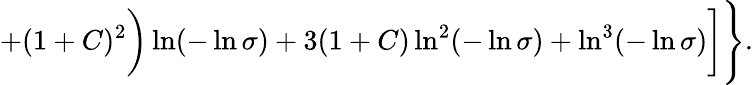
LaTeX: +(1+C)^{2}\biggr)\ln(-\ln\sigma)+3(1+C)\ln^{2}(-\ln\sigma)+\ln^{3}(-\ln\sigma)\biggr]\Biggr\} .